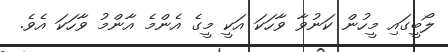
ލޯބީގައި މީހުން ކަނުވާ ވާހަކަ އަކީ މީގެ އެންމެ އާންމު ވާހަކަ އެވެ.